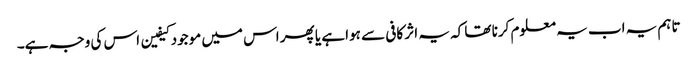
تاہم یہ اب یہ معلوم کرنا تھا کہ یہ اثر کافی سے ہوا ہے یا پھر اس میں موجود کیفین اس کی وجہ ہے۔